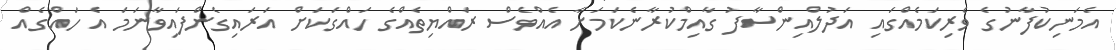
އެމަނިކުފާނުގެ ވެރިކަމެއްގައި އަދުލްއިންސާފު ގާއިމްކުރާނެކަމަށާ އެއްވެސް ރައްޔިތެއްގެ ހައްގަކަށް އަރައިގެންފައިވާނަމަ އެ ހައްގެއް